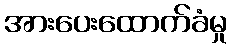
အားပေးထောက်ခံမှု